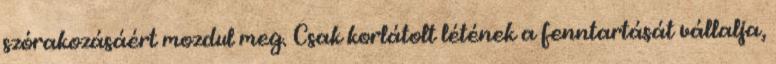
szórakozásáért mozdul meg. Csak korlátolt létének a fenntartását vállalja,